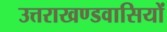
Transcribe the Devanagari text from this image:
उत्तराखण्डवासियों